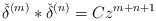
\begin{align*}{\check{\delta}}^{(m)}\ast{\check{\delta}}^{(n)}= C z^{m+n+1}\end{align*}